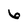
Character: 6